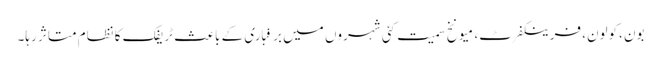
بون ،کولون، فرینکفرٹ، میونخ سمیت کئی شہروں میں برفباری کے باعث ٹریفک کا نظام متاثر رہا۔